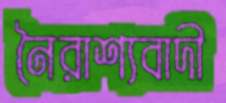
নৈরাশ্যবাদী